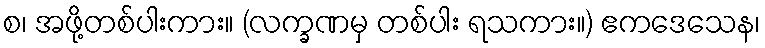
စ၊ အဖို့တစ်ပါးကား။ (လက္ခဏမှ တစ်ပါး ရသကား။) ဧကဒေသေန၊